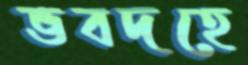
ভবদহে